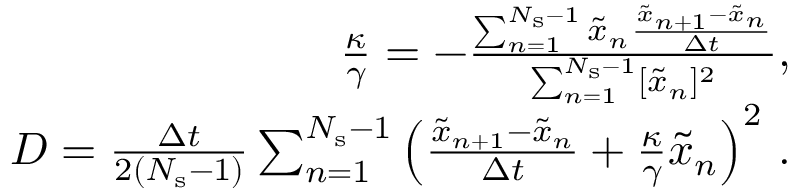
\begin{array} { r } { \frac { \kappa } { \gamma } = - \frac { \sum _ { n = 1 } ^ { N _ { \mathrm { s } } - 1 } \tilde { x } _ { n } \frac { \tilde { x } _ { n + 1 } - \tilde { x } _ { n } } { \Delta t } } { \sum _ { n = 1 } ^ { N _ { \mathrm { s } } - 1 } [ \tilde { x } _ { n } ] ^ { 2 } } , } \\ { D = \frac { \Delta t } { 2 ( N _ { \mathrm { s } } - 1 ) } \sum _ { n = 1 } ^ { N _ { \mathrm { s } } - 1 } \left( \frac { \tilde { x } _ { n + 1 } - { \tilde { x } _ { n } } } { \Delta t } + \frac { \kappa } { \gamma } \tilde { x } _ { n } \right) ^ { 2 } \, . } \end{array}